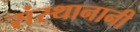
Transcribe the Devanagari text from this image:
संस्थानानी